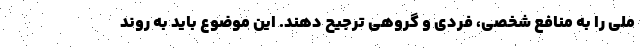
ملی را به منافع شخصی، فردی و گروهی ترجیح دهند. این موضوع باید به روند